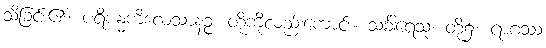
သိခြင်း၏။ ပရိဗန္ဓကိလေသာနဉ္စ၊ တို့ကိုလည်းကောင်း။ သင်္ခါရေသု၊ တို့၌။ ရာဂဿ